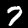
Label: 7